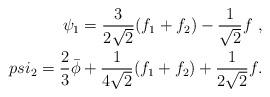
LaTeX: \begin{align*}\psi_1 = \frac{3}{2 \sqrt{2}} ( f_1 + f_2 ) - \frac{1}{\sqrt{2}} f \ , \\psi_2 = \frac{2}{3} \bar{\phi} + \frac{1}{4 \sqrt{2}}( f_1 + f_2 ) + \frac{1}{2 \sqrt{2}} f .\end{align*}